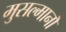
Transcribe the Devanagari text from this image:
मुसल्मानौं